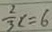
\frac { 2 } { 3 } x = 6